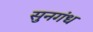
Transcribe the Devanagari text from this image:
सुनगंध